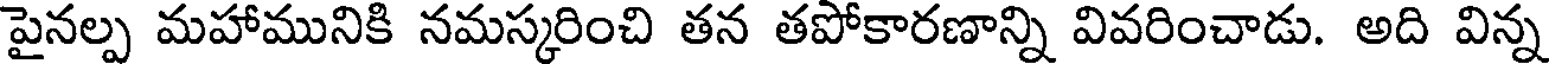
పైనల్ప మహామునికి నమస్కరించి తన తపోకారణాన్ని వివరించాడు. అది విన్న